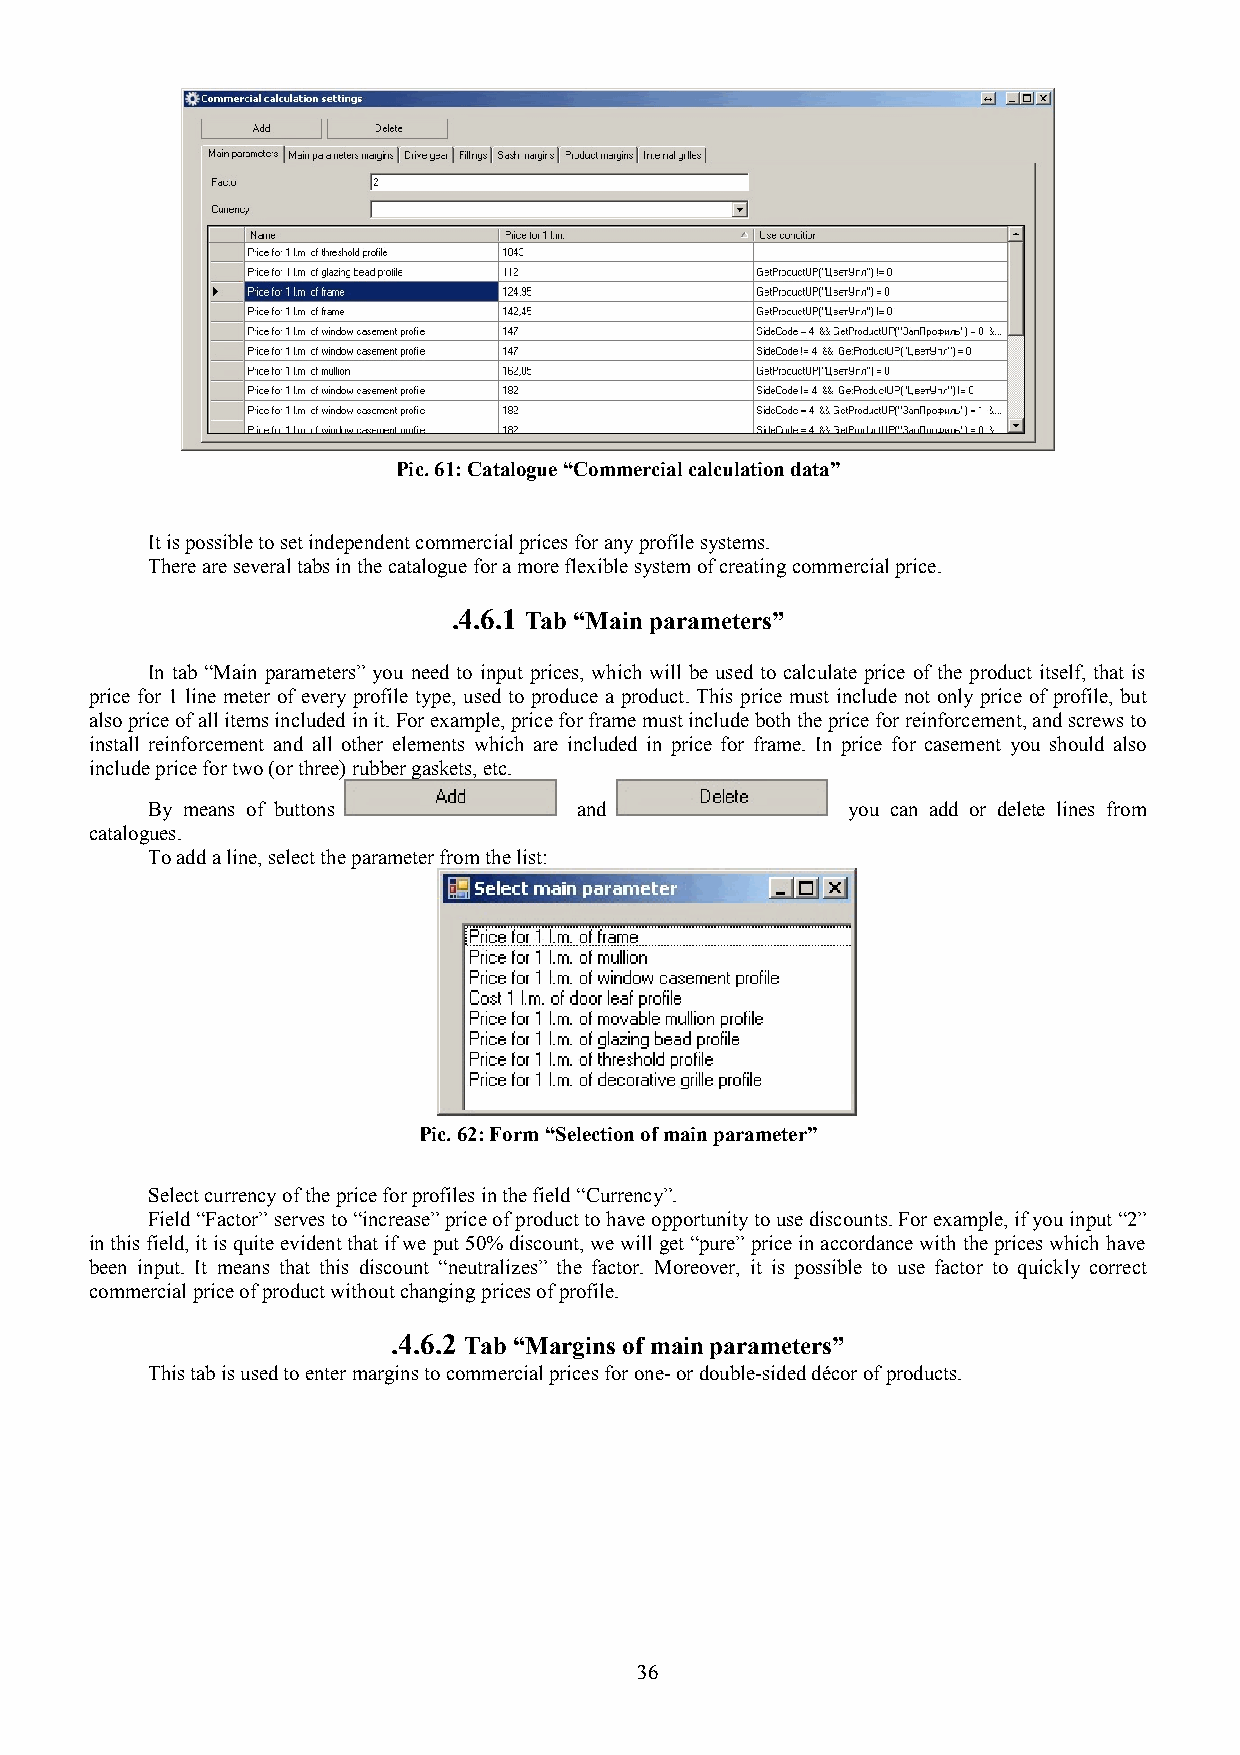
Pic. 61: Catalogue “Commercial calculation data”
 It is possible to set independent commercial prices for any profile systems.
 There are several tabs in the catalogue for a more flexible system of creating commercial price.
 .4.6.1 Tab “Main parameters”
 In tab “Main parameters” you need to input prices, which will be used to calculate price of the product itself, that is
 price for 1 line meter of every profile type, used to produce a product. This price must include not only price of profile, but
 also price of all items included in it. For example, price for frame must include both the price for reinforcement, and screws to
 install reinforcement and all other elements which are included in price for frame. In price for casement you should also
 include price for two (or three) rubber gaskets, etc.
 By means of buttons         and               you can add or delete lines from
 catalogues.
 To add a line, select the parameter from the list:
 Pic. 62: Form “Selection of main parameter”
 Select currency of the price for profiles in the field “Currency”.
 Field “Factor” serves to “increase” price of product to have opportunity to use discounts. For example, if you input “2”
 in this field, it is quite evident that if we put 50% discount, we will get “pure” price in accordance with the prices which have
 been input. It means that this discount “neutralizes” the factor. Moreover, it is possible to use factor to quickly correct
 commercial price of product without changing prices of profile.
 .4.6.2 Tab “Margins of main parameters”
 This tab is used to enter margins to commercial prices for one- or double-sided décor of products.
 36